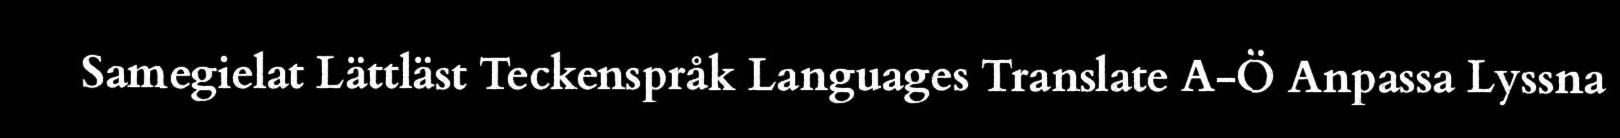
Samegielat Lättläst Teckenspråk Languages Translate A-Ö Anpassa Lyssna